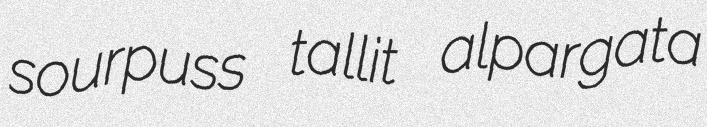
sourpuss tallit alpargata